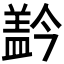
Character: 𰥂